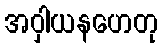
အဝှါယနဟေတု